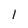
Character: l